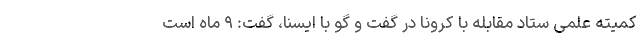
کمیته علمی ستاد مقابله با کرونا در گفت و گو با ایسنا، گفت: ۹ ماه است